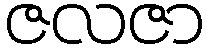
ဇလဇာ